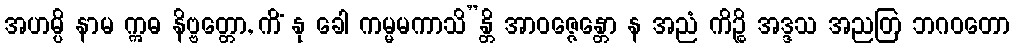
အဟမ္ပိ နာမ ဣဓ နိဗ္ဗတ္တော, ကိံ နု ခေါ ကမ္မမကာသိ”န္တိ အာဝဇ္ဇေန္တော န အညံ ကိဉ္စိ အဒ္ဒသ အညတြ ဘဂဝတော